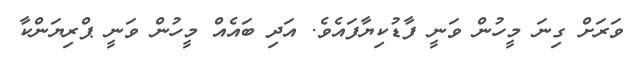
ވަރަށް ގިނަ މީހުން ވަނީ ފާޑުކިޔާފައެވެ. އަދި ބައެއް މީހުން ވަނީ ޕްރިޔަންކާ